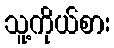
သူ့ကိုယ်စား